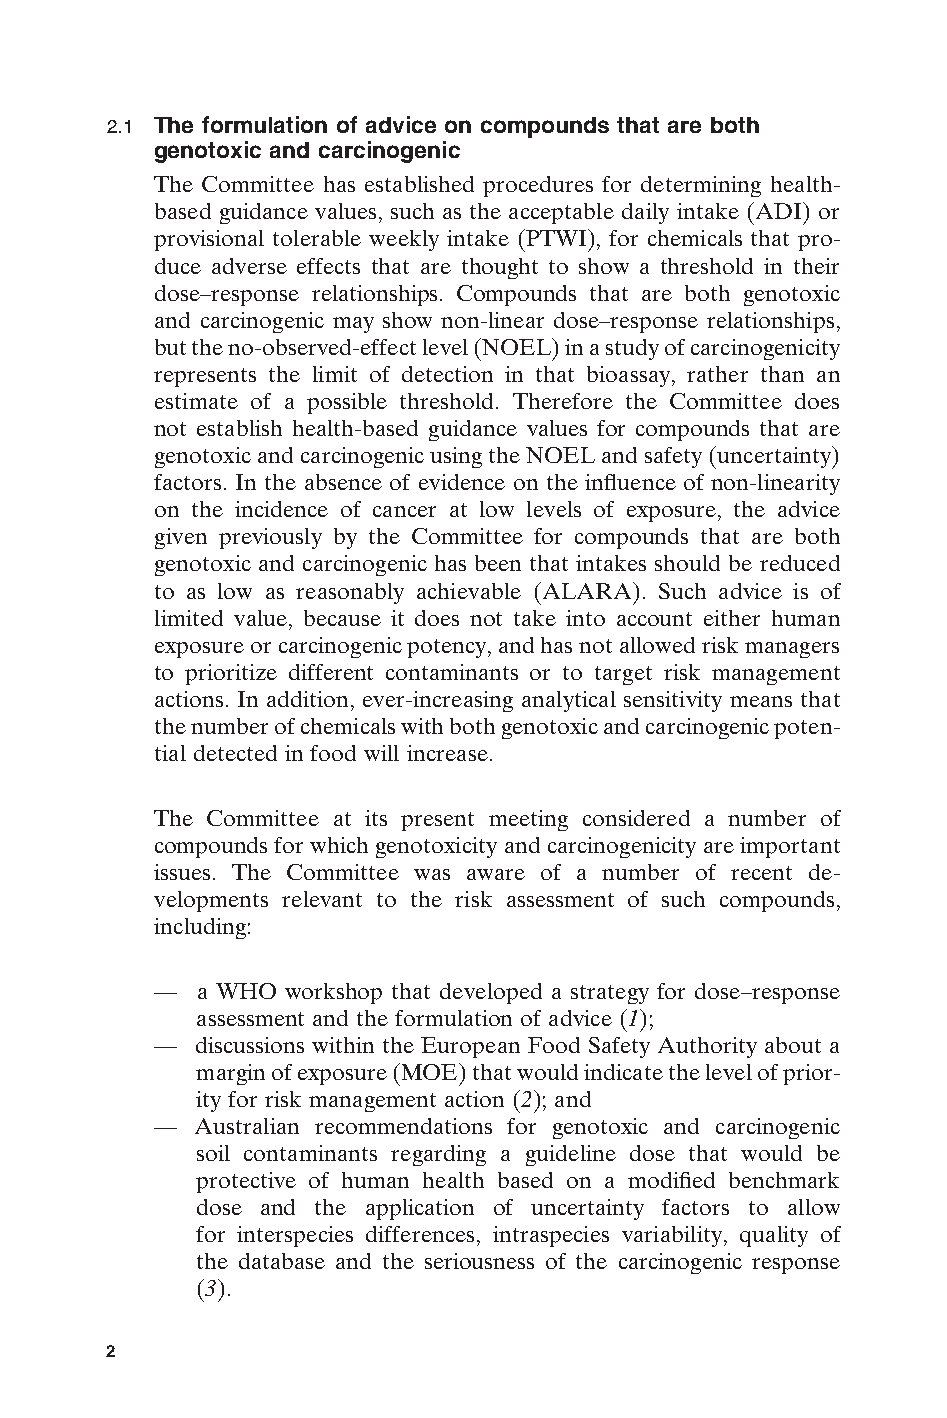
2.1 The formulation of advice on compounds that are both
 genotoxic and carcinogenic
 The Committee has established procedures for determining health-
 based guidance values, such as the acceptable daily intake (ADI) or
 provisional tolerable weekly intake (PTWI), for chemicals that pro-
 duce adverse effects that are thought to show a threshold in their
 dose–response relationships. Compounds that are both genotoxic
 and carcinogenic may show non-linear dose–response relationships,
 but the no-observed-effect level (NOEL) in a study of carcinogenicity
 represents the limit of detection in that bioassay, rather than an
 estimate of a possible threshold. Therefore the Committee does
 not establish health-based guidance values for compounds that are
 genotoxic and carcinogenic using the NOEL and safety (uncertainty)
 factors. In the absence of evidence on the influence of non-linearity
 on the incidence of cancer at low levels of exposure, the advice
 given previously by the Committee for compounds that are both
 genotoxic and carcinogenic has been that intakes should be reduced
 to as low as reasonably achievable (ALARA). Such advice is of
 limited value, because it does not take into account either human
 exposure or carcinogenic potency, and has not allowed risk managers
 to prioritize different contaminants or to target risk management
 actions. In addition, ever-increasing analytical sensitivity means that
 the number of chemicals with both genotoxic and carcinogenic poten-
 tial detected in food will increase.
 The Committee at its present meeting considered a number of
 compounds for which genotoxicity and carcinogenicity are important
 issues. The Committee was aware of a number of recent de-
 velopments relevant to the risk assessment of such compounds,
 including:
 —  a WHO workshop that developed a strategy for dose–response
 assessment and the formulation of advice (1);
 —  discussions within the European Food Safety Authority about a
 margin of exposure (MOE) that would indicate the level of prior-
 ity for risk management action (2); and
 —  Australian recommendations for genotoxic and carcinogenic
 soil contaminants regarding a guideline dose that would be
 protective of human health based on a modified benchmark
 dose and the application of uncertainty factors to allow
 for interspecies differences, intraspecies variability, quality of
 the database and the seriousness of the carcinogenic response
 E
 (3).
 2
 Untitled-4       2                     12/20/05, 19:53